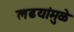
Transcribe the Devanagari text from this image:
लढयांमुळे